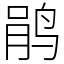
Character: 鹃